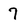
Character: 7